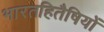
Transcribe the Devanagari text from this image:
भारतहितैषियों